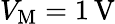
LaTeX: V_{\mathrm{M}}=1\, \mathrm V